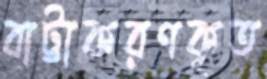
বাট্টাকরণকৃত